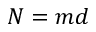
N = m d